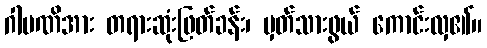
ဂါမဏိအား တရားဆုံးဖြတ်ခန်း၊ မှတ်သားဖွယ် ကောင်းလှ၏။